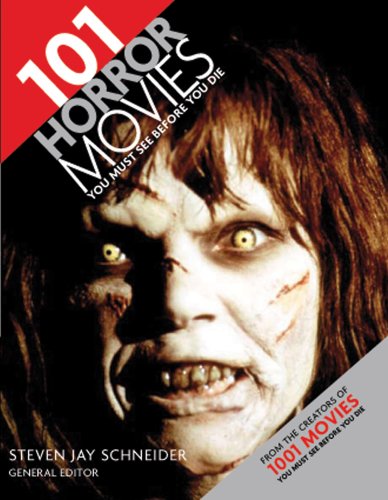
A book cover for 101 Horror Movies You Must See Before You Die; Humor & Entertainment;